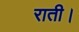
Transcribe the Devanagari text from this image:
राती।